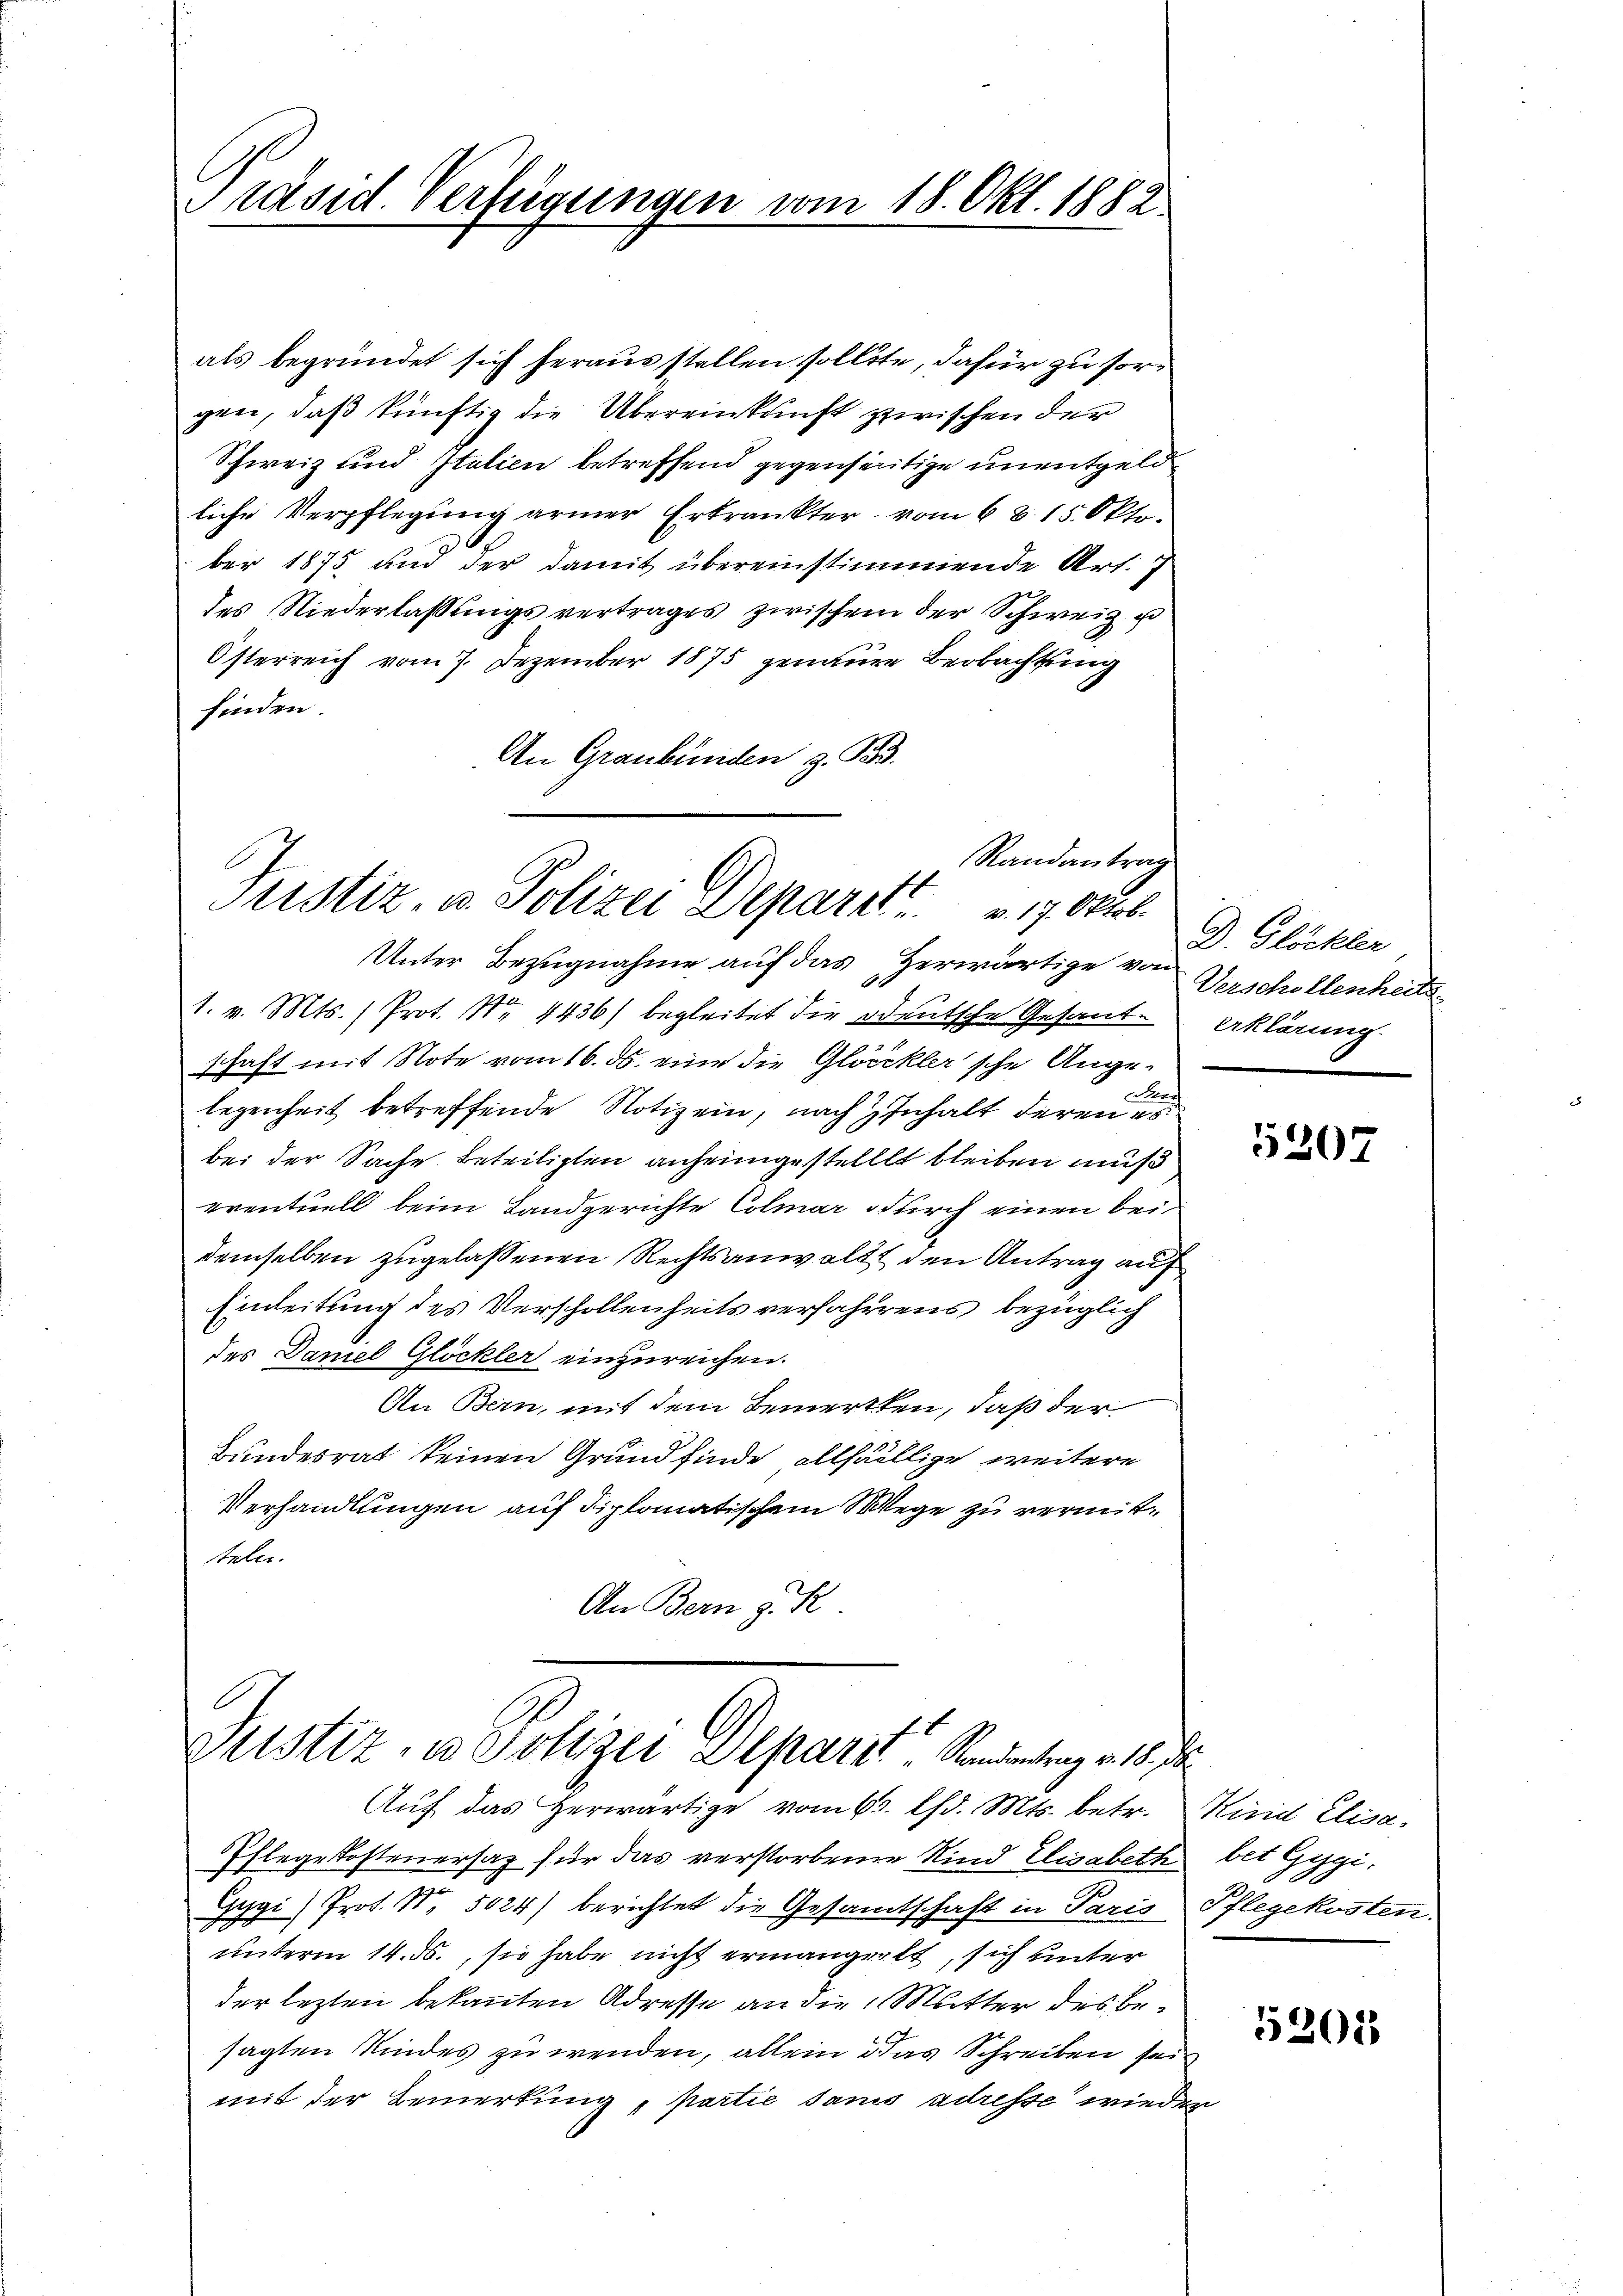
Präsid Verfügungen vom 18. Okt. 1882

als begründet sich heraus stellen sollte, dafür zu sorgen, daß künftig die Übereinkunft zwischen der
Schweiz und Italien betreffend gegenseitige unentgeld
liche Verpflegung armer Erkrankter vom 68. 15. Okto
ber 1875 und der damit übereinstimmende Art. 7
des Niederlaßungsvertrages zwischem der Schweiz u
Österreich vom 7. Dezember 1875 genauer Beobachtung
finden.
An Graubünden z. B.

Randantrag
Justiz- u. Polizei Deparat . . . 17. Oktob.

Unter Bezugnahme auf das Herwärtige von Verschollenheit
1. v. Mts. (Prot. Nr. 4436) begleitet die deutsche Gesandtschaft mit Note vom 16. ds. eine die Glöckler'sche Angelegenheit betreffende Notiz ein, nach Inhalt deren e
bei der Sache. Beteiligten anheimgestellt bleiben muß
eventuell beim Landgerichte Colmar durch einen beidemselben zugelassenen Rechtsanwaldt den Antrag auf
Einleitung des Verschollenheits verfahrens bezüglich
des Daniel Glöckler einzureichen.
An Bern, mit dem Bemerkten, daß der
Bundesrat keinen Grund finde allfällige weitere
Verhandlungen auf diplomatischem Wege zu vermitteln.
An Bern d. R.

Pristiz, u. Polizei Deparat, Standentrag v. 18.

D. Glöckler
erklärung.

Auf das Herwärtige vom 6. Chr. Mts. betr. Kind Elisa¬
Pflege Kostenersaz für das verstorbenen Kind Elisabeth bet Gygi¬
Gygi) Prot. N. 5024) berichtet die Gesamtschaft in Paris Pflegekosten.
unterm 14. ds., sie habe nicht ermangelt, sich unter
der lezten bekannten Adresse an die Mutter des Besagten Kindes zu wenden, allein das Schreiben sein
mit der Bemerkung, partie sans adresse wieder

5207

5205